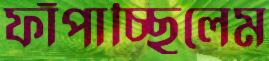
ফাঁপাচ্ছিলেম